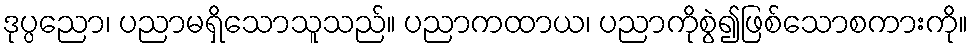
ဒုပ္ပညော၊ ပညာမရှိသောသူသည်။ ပညာကထာယ၊ ပညာကိုစွဲ၍ဖြစ်သောစကားကို။